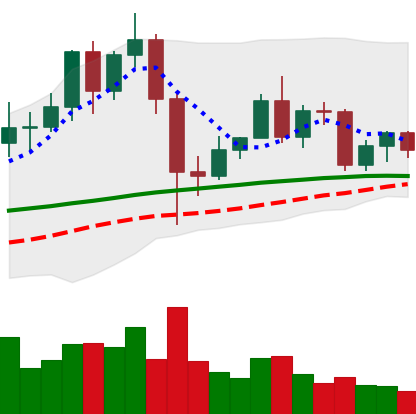
Ticker: LINK-USD
Chart end date: 2020-12-07
Forward return: -6.665%
Label: down_5_7